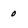
Character: 0